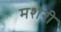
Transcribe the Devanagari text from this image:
मशेरी